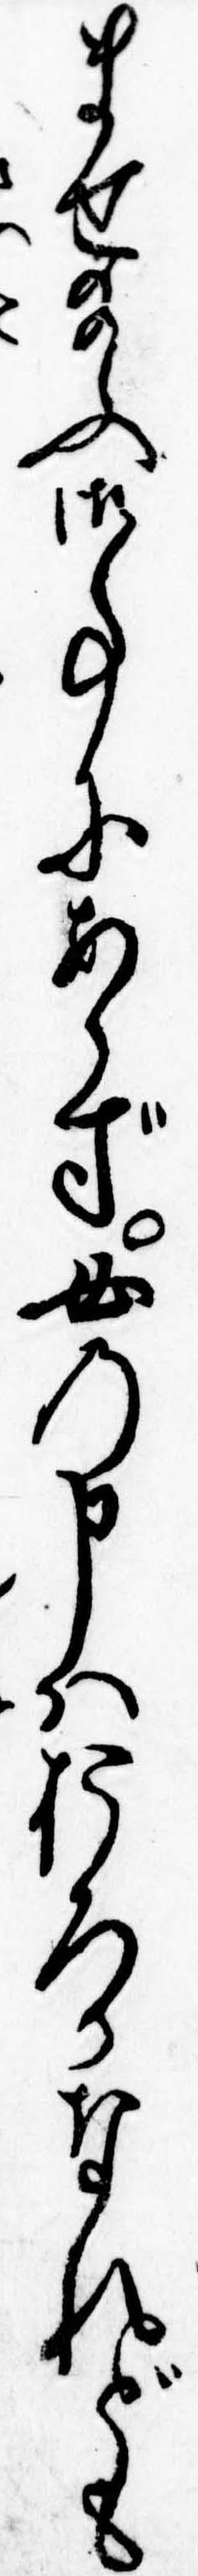
ませ給ふ御事にあらず女の申はおろかなれども